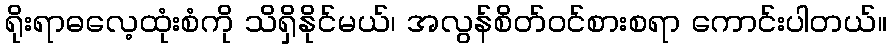
ရိုးရာဓလေ့ထုံးစံကို သိရှိနိုင်မယ်၊ အလွန်စိတ်ဝင်စားစရာ ကောင်းပါတယ်။